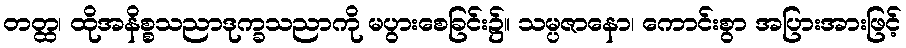
တတ္ထ၊ ထိုအနိစ္စသညာဒုက္ခသညာကို မပွားစေခြင်း၌။ သမ္ပဇာနော၊ ကောင်းစွာ အပြားအားဖြင့်